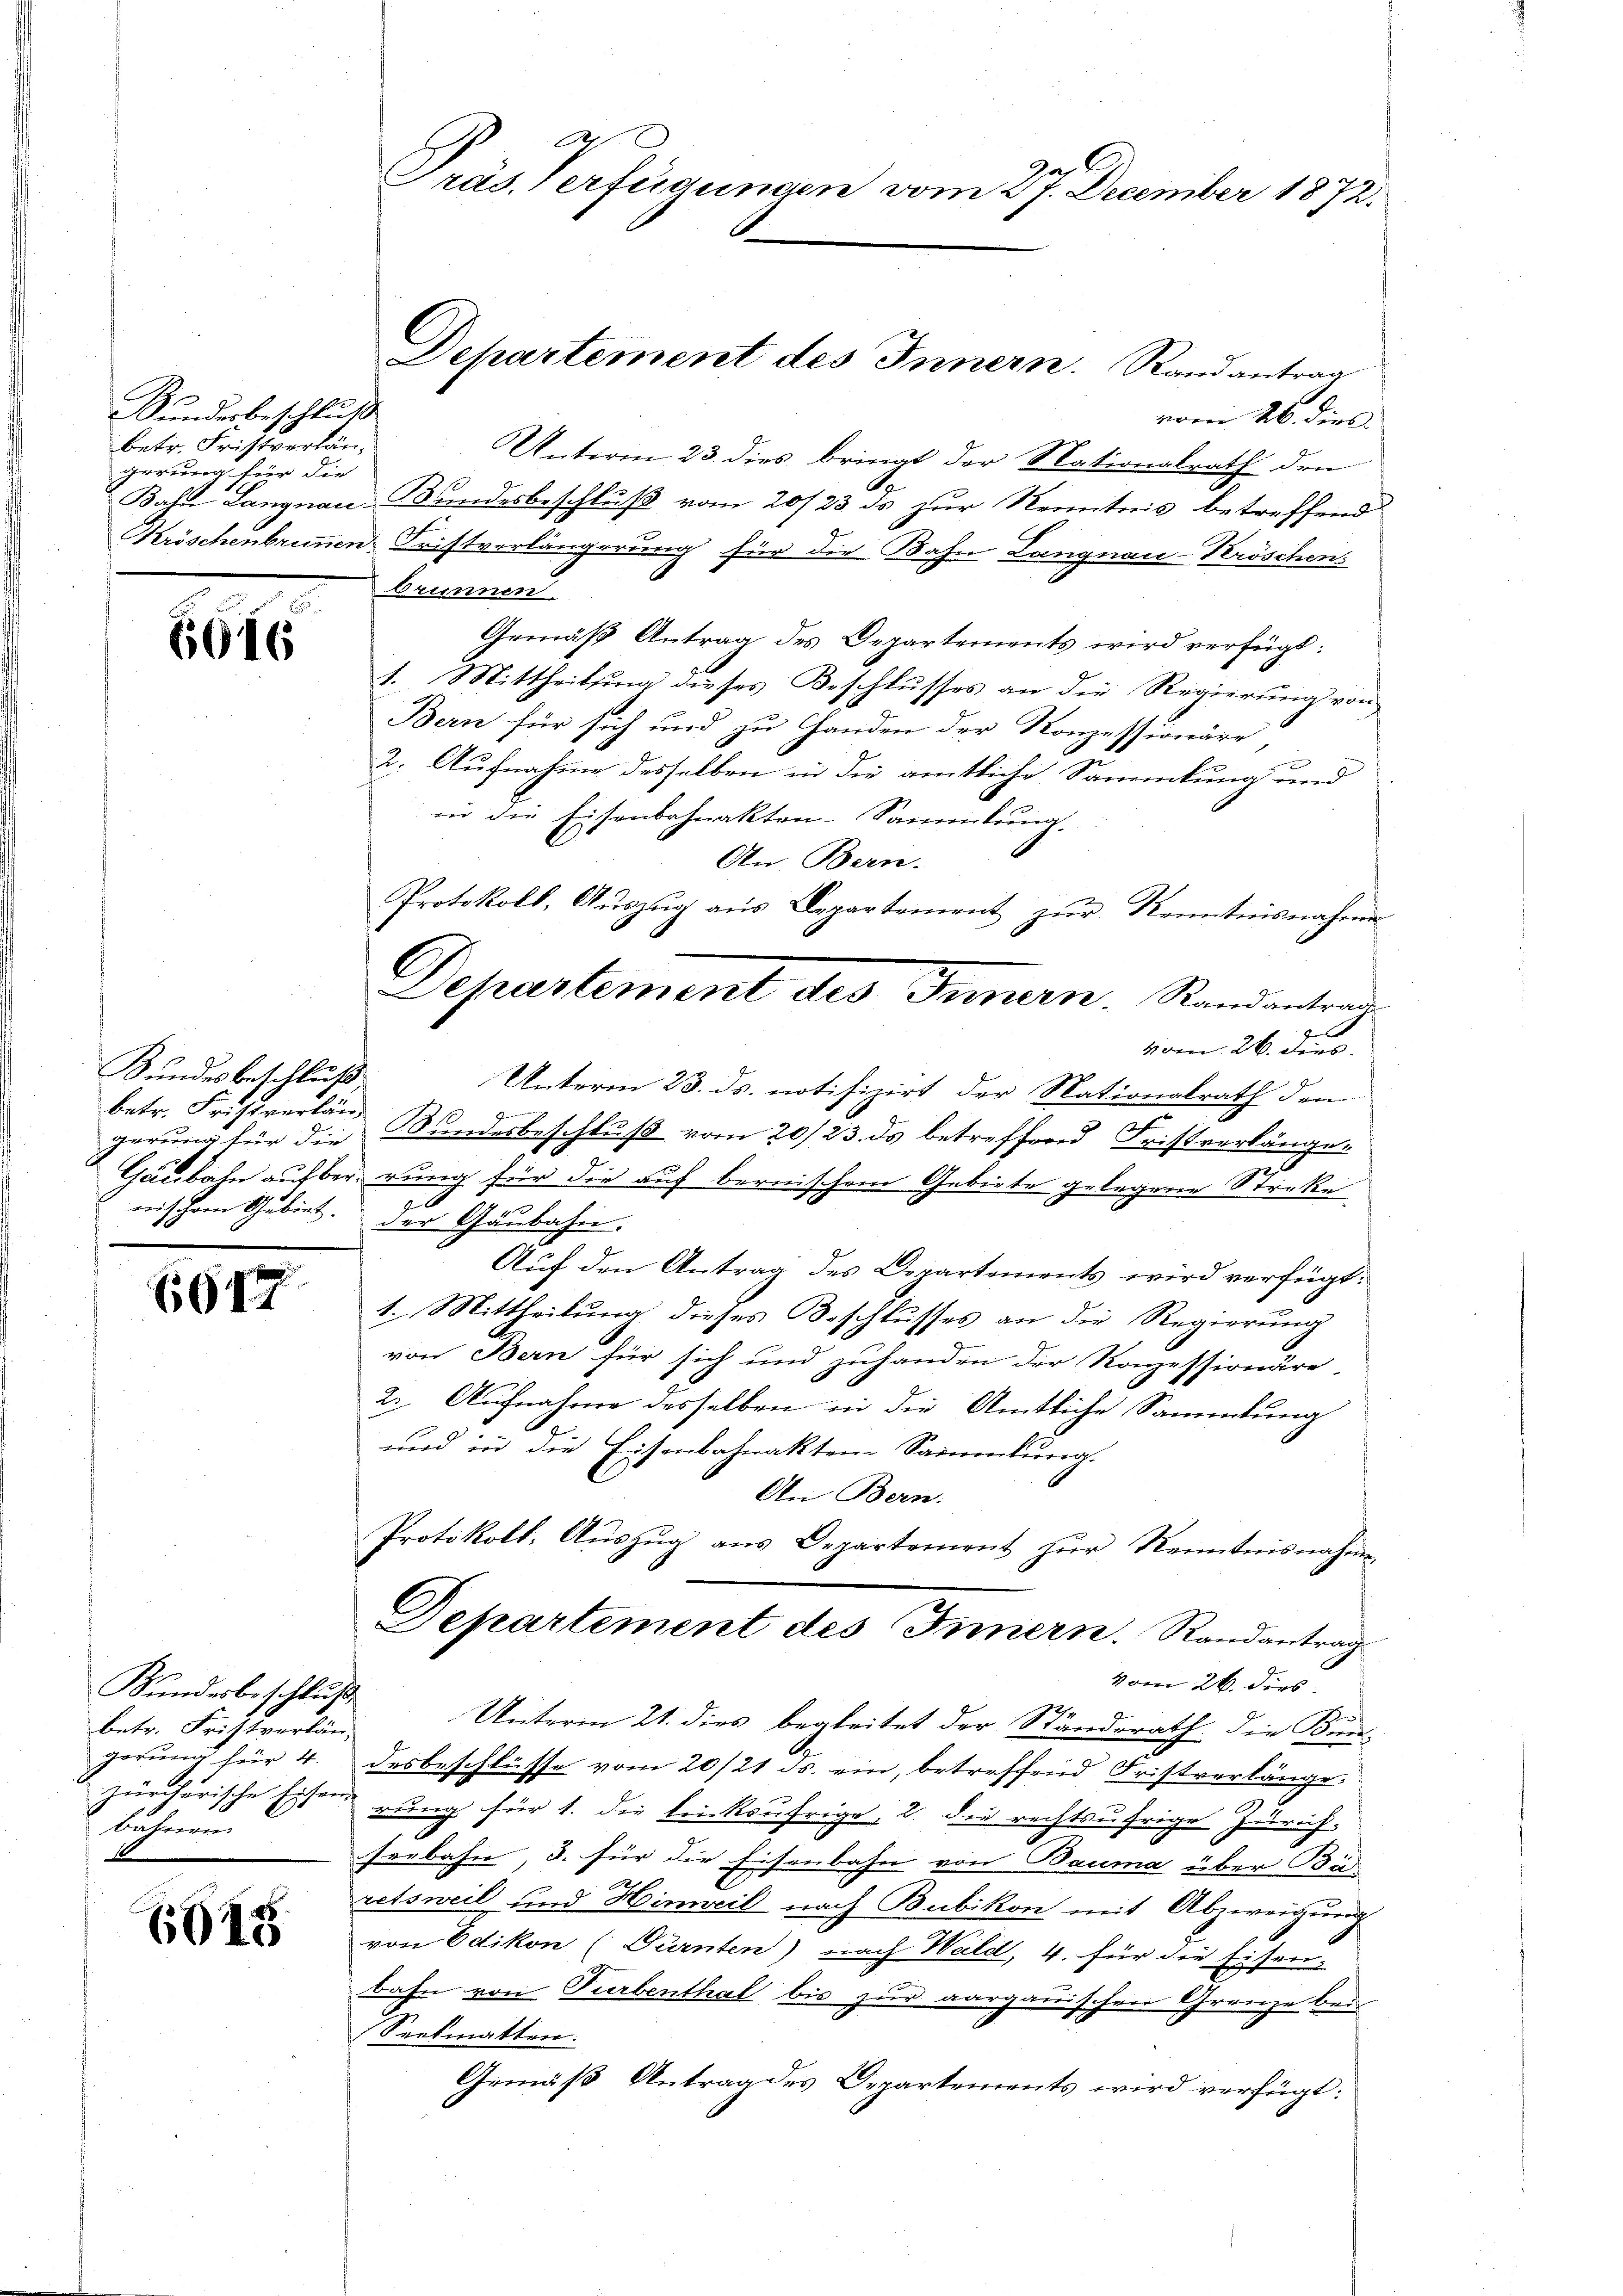
Sundesbeschluß
betr. Fristverlängerung für die

6616

Kundesbeschluß
betr. Fristverlän
reich ihren Gebiet.

644

Kundesbeschluß
betr. Fristverlän
gerung für 4.
bahnun

1945

A
Präs. Verfügungen vom 27. December 1872.

vom 26. dies
Unterm 23. dies bringt der Nationalrath den
Bahn Langnau, Bundesbeschluß vom 20/23. ds zur Nemitnis betreffend
Kröschenbrunnen Fristverlängerung für die Bahn Langnau-Kröschens
Brunnen
Gemäβ Antrag des Departements wird verfügt:
1. Mittheilung dieses Beschlusses an die Regierung von
Bern für sich und zu Handen der Konzessionäre,
2. Aufnahme desselben in die amtliche Sammlung und
in die Eisenbahnakten-Sammlung.
An Bern.
vom 26. ders.
Unterm 23. ds. notifizirt der Nationalrath den

.
gerung für die Bundesbeschluß vom 20/23. ds betreffend Fristverlänge¬
2
Gäubahn aufber, rung für die auf bernischem Gebiete gelegene Strike
20
der Gaubahne.
Auf den Antrag des Departements wird verfügt:
1. Mittheilung dieses Beschlusses an die Regierung
von Bern für sich und zuhanden der Konzessionäre,
2. Aufnahme desselben in die Amtliche Sammlung
und in die Eisenbahnakten-Sammlung.
An Bern.
Protokoll, Aŭszŭg ans Departement zŭr Kenntnisnahme,
Departement des Innern. Randantrag
vom 26. dies
Unterm 21. dies begleitet der Standerath die Kin-
desbeschlüsse vom 20/21. ds. ein, betreffend Fristverlänge
 zürcherische Eisen rŭng für 1. die bei koufrige, 2. die rechtsufrige Zürich
seebahn, 3. für die Eisenbahn von Bauma über Bä
retsweil und Hinweil nach Bubikon mit Abzweigung
von Edikon (Dürnten) nach Wald, 4. für die Eisen-
bahn von Turbenthal bis zur aargauischen Granze bei
Seelmatten.
Gemäß Antrag des Departements wird verfügt:

Departement des Innern. Randantrag

Protokoll, Auszug aus Departement zur Kenntnisnahme
Departement des Innern. Randantrag